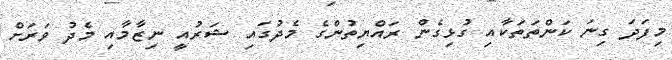
މިފަދަ ގިނަ ކަންތަތަކާއި ގުޅިގެން ރައްޔިތުންގެ މެދުގައި ޝަރުއީ ނިޒާމާއި މެދު ވަރަށް